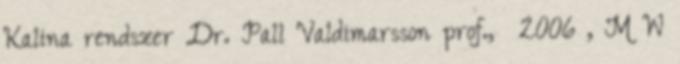
Kalina rendszer Dr. Pall Valdimarsson prof., 2006 , M W